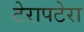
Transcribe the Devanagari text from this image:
टेरापटेरा